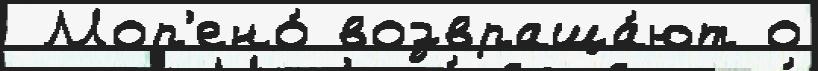
 Мор'ено́ возвраща́ют о